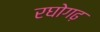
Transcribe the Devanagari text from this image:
रघोगढ़